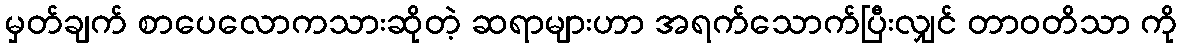
မှတ်ချက် စာပေလောကသားဆိုတဲ့ ဆရာများဟာ အရက်သောက်ပြီးလျှင် တာဝတိသာ ကို